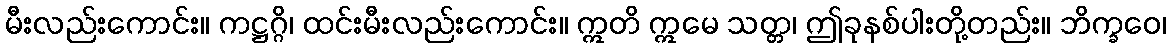
မီးလည်းကောင်း။ ကဋ္ဌဂ္ဂိ၊ ထင်းမီးလည်းကောင်း။ ဣတိ ဣမေ သတ္တ၊ ဤခုနစ်ပါးတို့တည်း။ ဘိက္ခဝေ၊